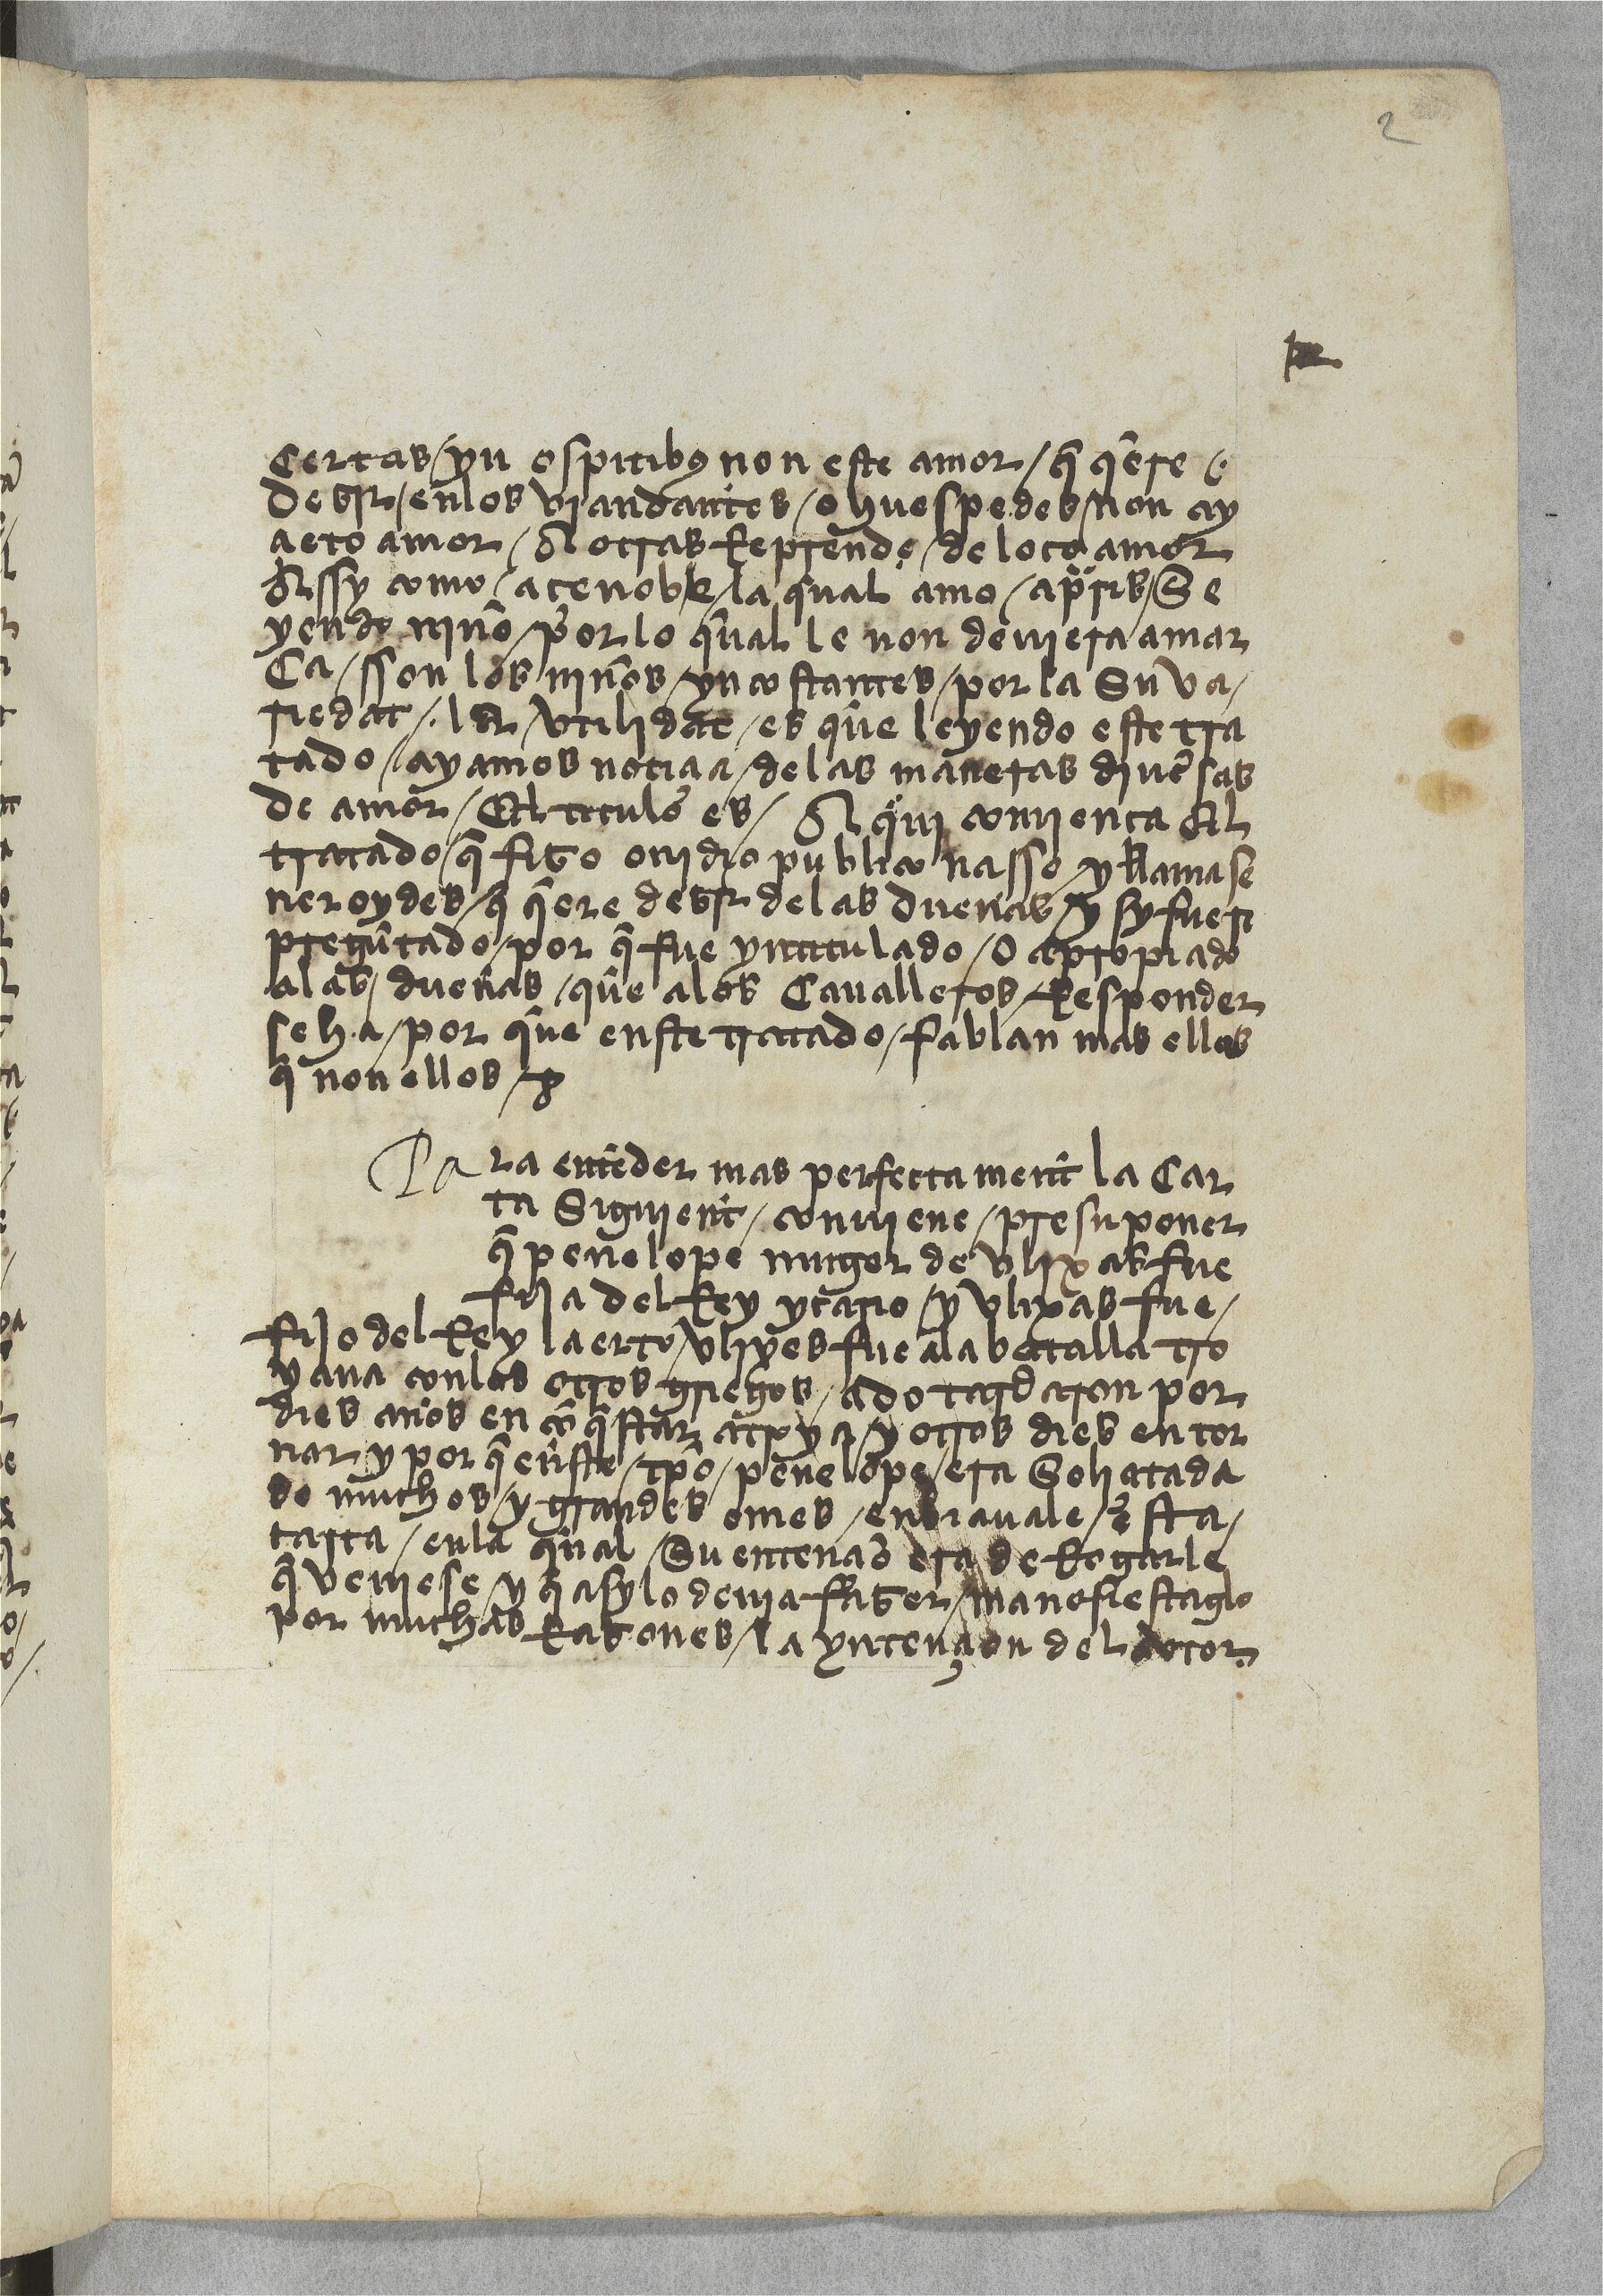
Shelfmark: Paris, BnF, esp. 533
Century: 15